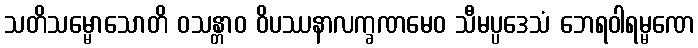
သတိသမ္မောသောတိ ဝသန္တာဝ ဝိပဿနာလက္ခဏမေဝ သီမပ္ပဒေသံ ဘေရဝါရမ္မဏေ